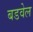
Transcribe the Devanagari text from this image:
बडवेल